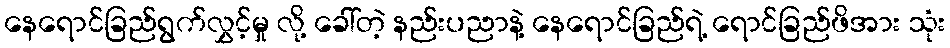
နေရောင်ခြည်ရွက်လွှင့်မှု လို့ ခေါ်တဲ့ နည်းပညာနဲ့ နေရောင်ခြည်ရဲ့ ရောင်ခြည်ဖိအား သုံး